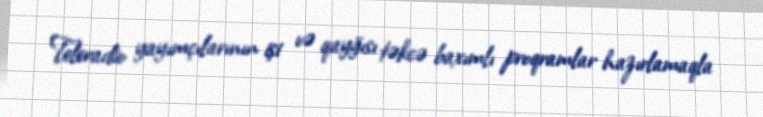
Teleradio yayımçılarının işi və qayğısı təkcə baxımlı proqramlar hazırlamaqla